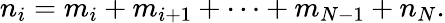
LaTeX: n_{i}=m_{i}+m_{i+1}+\cdots+m_{N-1}+n_{N}.